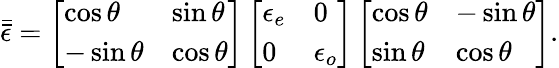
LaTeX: \bar{\bar{\epsilon}}=\left[\begin{array}{ll}{\cos\theta}&{\sin\theta}\\ {-\sin\theta}&{\cos\theta}\end{array}\right]\left[\begin{array}{ll}{\epsilon_{e}}&{0}\\ {0}&{\epsilon_{o}}\end{array}\right]\left[\begin{array}{ll}{\cos\theta}&{-\sin\theta}\\ {\sin\theta}&{\cos\theta}\end{array}\right].